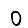
Digit: 0